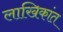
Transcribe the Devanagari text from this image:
लाखिकांत